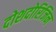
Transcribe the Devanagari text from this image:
दोशदोरिजिन